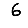
Digit: 6